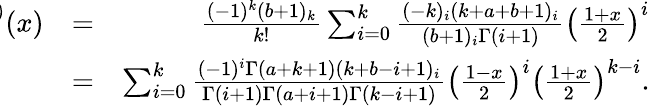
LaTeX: \begin{array}{rlr}{\! \! \! \! \! \! \! \! \! \! \! \! J_{k}^{(a,b)}(x)}&{=}&{\frac{(-1)^{k}(b+1)_{k}}{k!}\sum_{i=0}^{k}\frac{(-k)_{i}(k+a+b+1)_{i}}{(b+1)_{i}\Gamma(i+1)}\left(\frac{1+x}{2}\right)^{i}}\\ {\! \! \! \! \! \! \! \! \! \! \! \! }&{=}&{\sum_{i=0}^{k}\frac{(-1)^{i}\Gamma(a+k+1)(k+b-i+1)_{i}}{\Gamma(i+1)\Gamma(a+i+1)\Gamma(k-i+1)}\left(\frac{1-x}{2}\right)^{i}\left(\frac{1+x}{2}\right)^{k-i}.}\end{array}